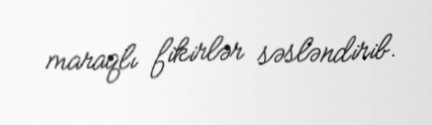
maraqlı fikirlər səsləndirib.